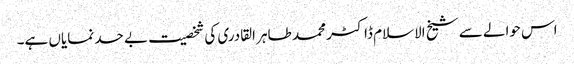
اس حوالے سے شیخ الاسلام ڈاکٹر محمد طاہر القادری کی شخصیت بے حد نمایاں ہے۔